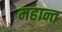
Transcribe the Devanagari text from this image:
महान्त